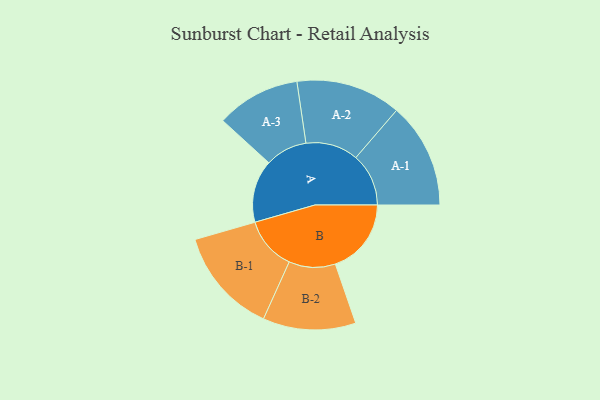
{"axis": {"x": "Segment", "y": "Value"}, "legend": ["", "A", "B"], "data": [{"x": "A", "y": 337, "type": ""}, {"x": "B", "y": 409, "type": ""}, {"x": "A-1", "y": 284, "type": "A"}, {"x": "A-2", "y": 283, "type": "A"}, {"x": "A-3", "y": 226, "type": "A"}, {"x": "B-1", "y": 286, "type": "B"}, {"x": "B-2", "y": 250, "type": "B"}]}